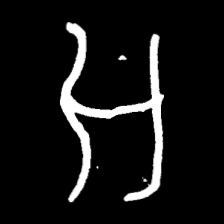
Pyu character \u2014 Myanmar letter: အ (romanized: a)